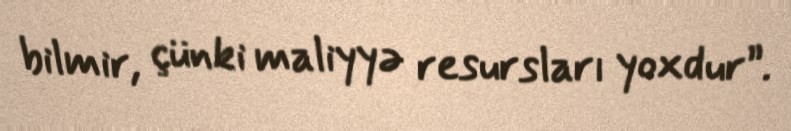
bilmir, çünki maliyyə resursları yoxdur”.